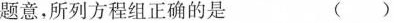
题意，所列方程组正确的是 ()